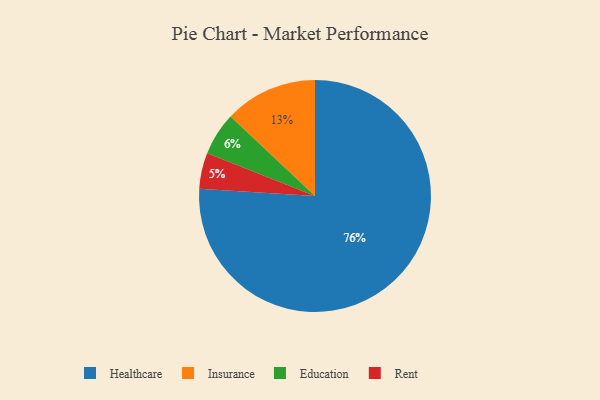
{"axis": {"x": "Category", "y": "Percentage"}, "legend": ["Education", "Healthcare", "Insurance", "Rent"], "data": [{"x": "Insurance", "y": 13, "type": "Insurance"}, {"x": "Education", "y": 6, "type": "Education"}, {"x": "Healthcare", "y": 76, "type": "Healthcare"}, {"x": "Rent", "y": 5, "type": "Rent"}]}